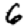
Digit: 6